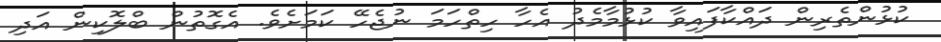
ކުޅުންތެރިން ދައްކާފައިވާ ކުޅުމާމެދު އެހާ ހިތްހަމަ ނުޖެހޭ ކަމަށެވެ. އެގޮތުން ބްލޮކިން އަދި